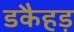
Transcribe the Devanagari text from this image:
डकैहड़